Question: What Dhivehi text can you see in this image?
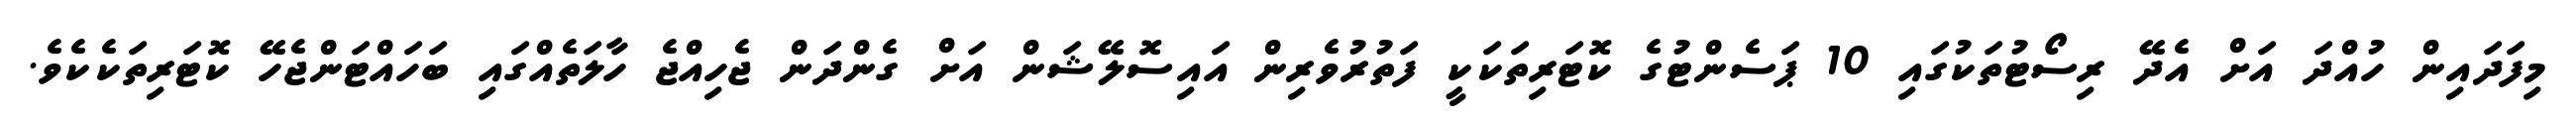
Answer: މިފަދައިން ހުއްދަ އަށް އެދޭ ރިސޯޓުތަކުގައި 10 ޕަސެންޓުގެ ކޮޓަރިތަކަކީ ފަތުރުވެރިން އައިސޮލޭޝަން އަށް ގެންދަން ޖެހިއްޖެ ހާލަތެއްގައި ބަހައްޓަންޖެހޭ ކޮޓަރިތަކެކެވެ.